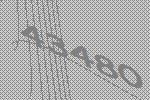
43480